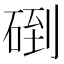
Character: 𥓫